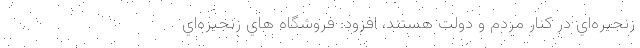
زنجيره‌اي در كنار مردم و دولت هستند، افزود: فروشگاه هاي زنجيره‌اي